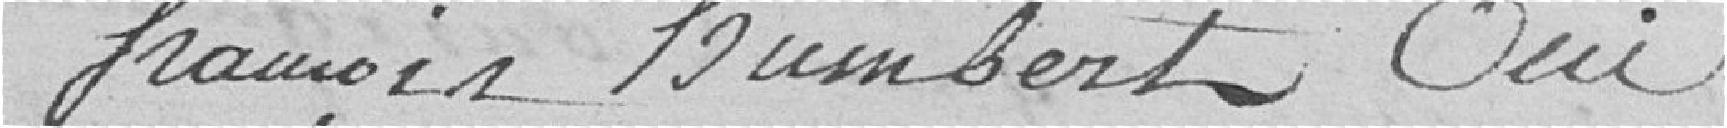
François Humbert oui